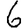
Digit: 6